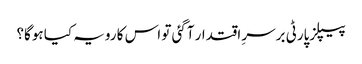
پیپلزپارٹی برسرِ اقتدار آگئی تو اس کا رویہ کیا ہوگا؟